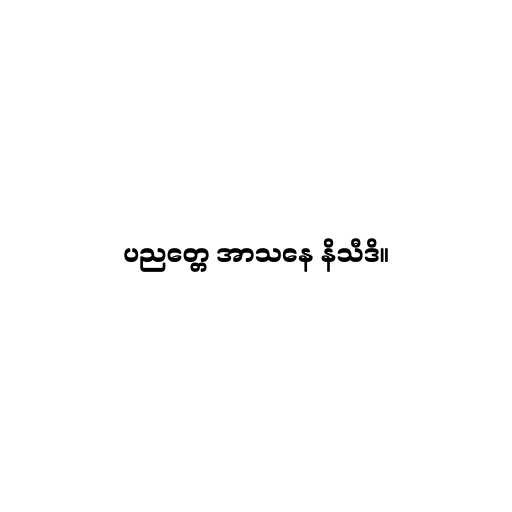
ပညတ္တေ အာသနေ နိသီဒိ။